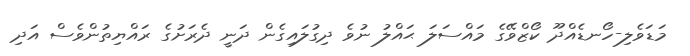
މަޑަވެލި-ހޯނޑެއްދޫ ކޯޒްވޭގެ މައްސަލަ ޙައްލު ނުވެ ދިގުލައިގެން ދަނީ ދެރަށުގެ ރައްޔިތުންވެސް އަދި